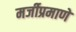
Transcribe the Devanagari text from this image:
मर्जीप्रमाणे